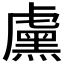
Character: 𬟱